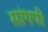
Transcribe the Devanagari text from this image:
सांगपी